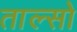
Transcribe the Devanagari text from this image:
ताल्सो